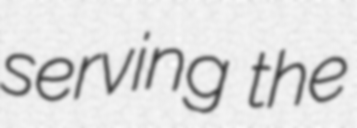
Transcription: serving the